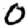
Digit: 0